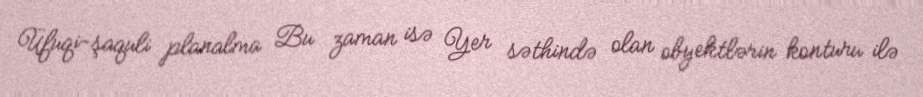
Üfuqi-şaquli planalma Bu zaman isə Yer səthində olan obyektlərin konturu ilə